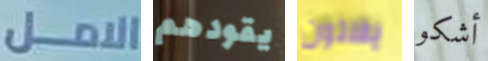
الامل يقودهم يفلتون أشكو